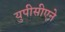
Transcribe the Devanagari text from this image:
युपीसीएने